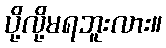
ပို့လို့မရဘူးလား။